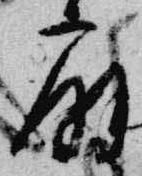
扇